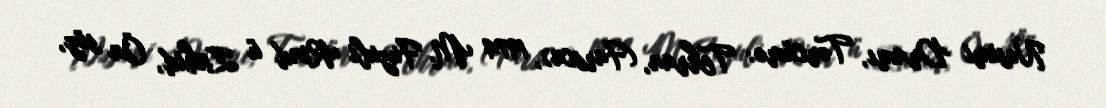
Nəsimi Dramı, Tərcümə: Tehran, (Farsca), 1974 M. Fuzuli Rind ü Zahid, Ön söz,